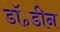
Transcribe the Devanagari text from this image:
डॉ॰डीन